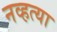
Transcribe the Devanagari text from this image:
नव्‍हत्‍या